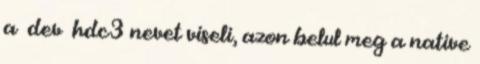
a dev hdc3 nevet viseli, azon belul meg a native